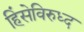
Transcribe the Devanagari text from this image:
हिंसेविरुध्द